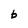
Character: b